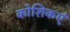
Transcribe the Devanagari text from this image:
कोशिकएं